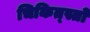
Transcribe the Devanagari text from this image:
चिकित्स्तो